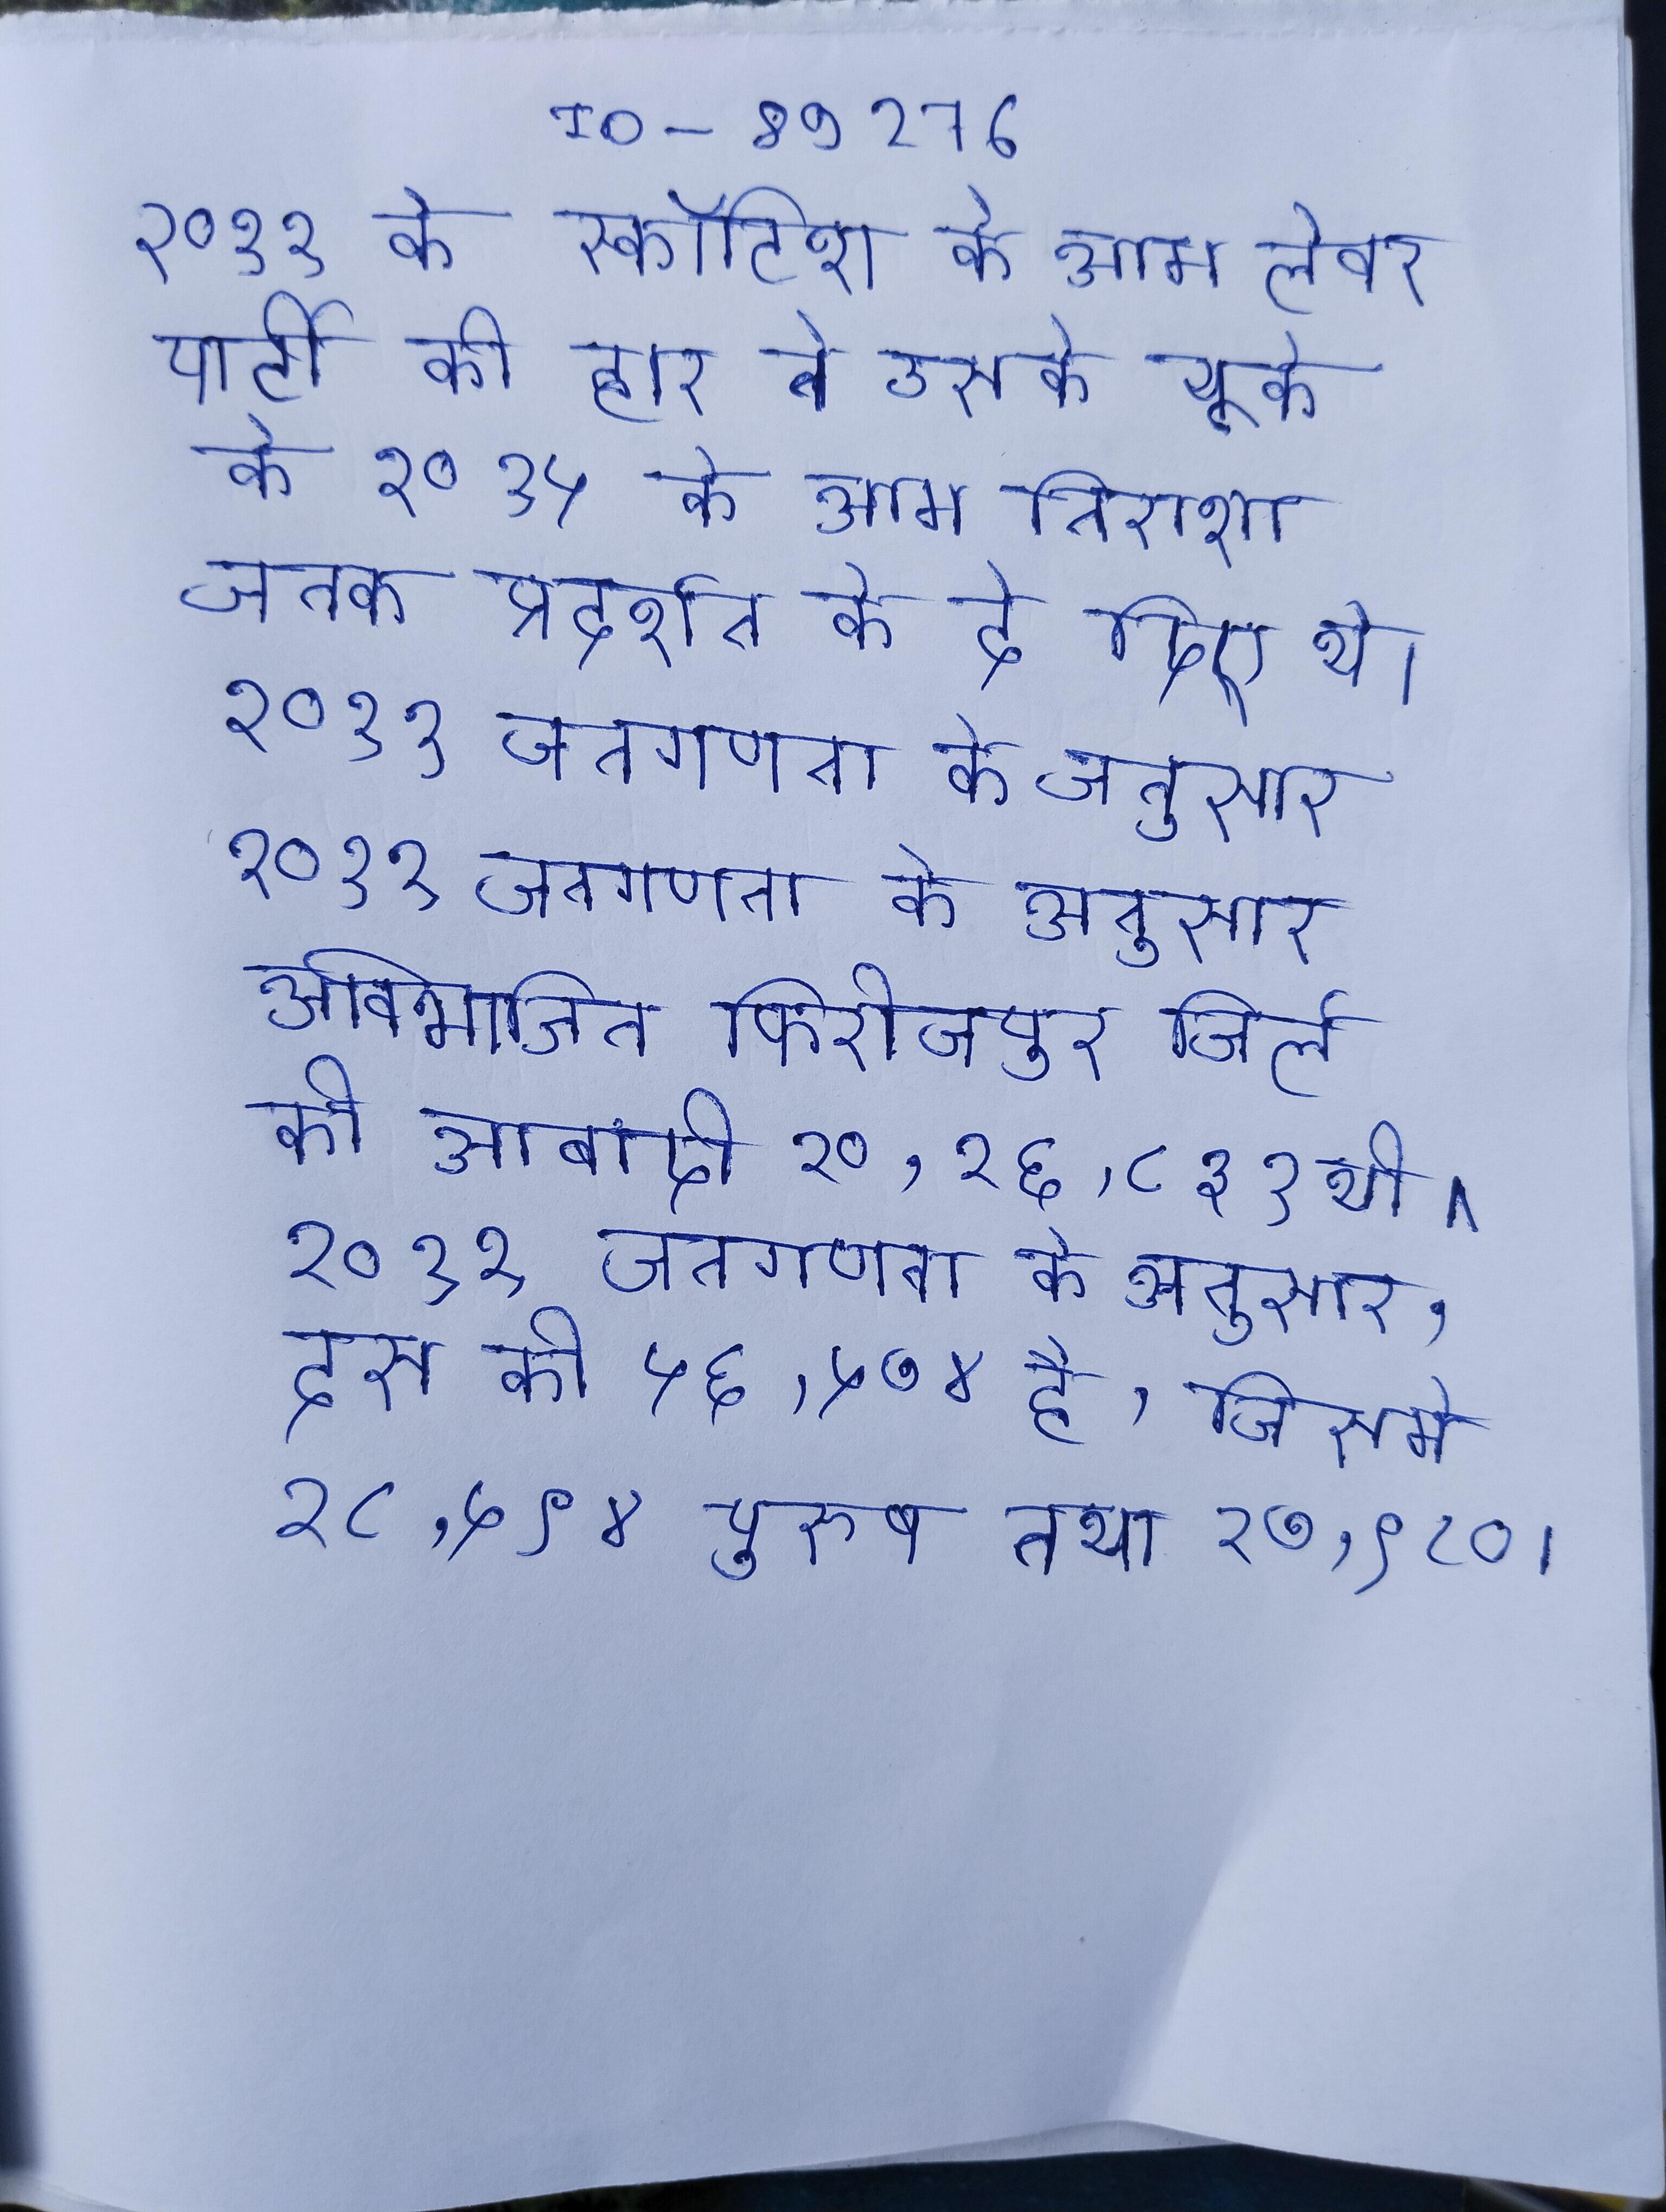
२०११ के स्कॉटिश के आम लेबर पार्टी की हार ने उसके यूके के २०१५ के आम निराशा जनक प्रदर्शन के दे दिए थे । २०११ जनगणना के अनुसार २०११ जनगणना के अनुसार अविभाजित फिरोजपुर जिले की आबादी २०,२६,८३१ थी । २०११ जनगणना के अनुसार, इस की ५६,५७४ है, जिसमे २८,५९४ पुरुष तथा २७,९८० ।